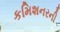
કમિશનરની